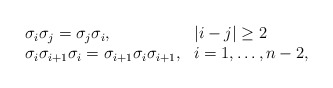
\begin{align*}\begin{array}{ll}\sigma_i\sigma_j=\sigma_j\sigma_i, & |i-j|\geq 2 \\\sigma_i \sigma_{i+1} \sigma_i= \sigma_{i+1} \sigma_i \sigma_{i+1}, & i=1,\ldots, n-2,\end{array}\end{align*}